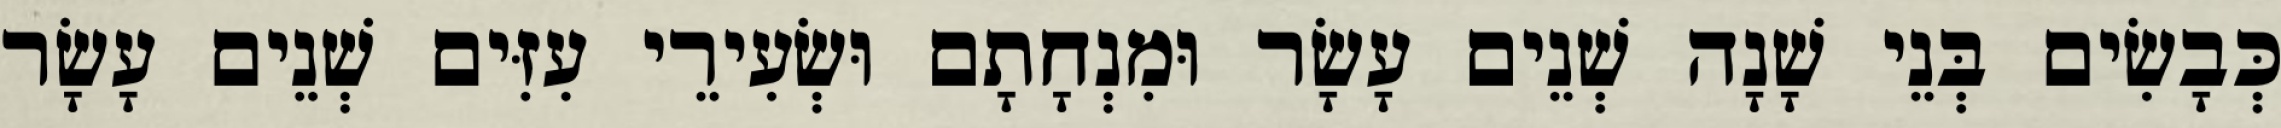
כְּבָשִׂים בְּנֵי שָׁנָה שְׁנֵים עָשָׂר וּמִנְחָתָם וּשְׂעִירֵי עִזִּים שְׁנֵים עָשָׂר